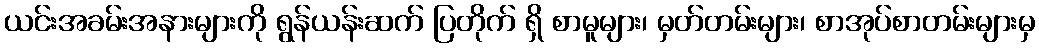
ယင်းအခမ်းအနားများကို ရွန်ယန်းဆက် ပြတိုက် ရှိ စာမူများ၊ မှတ်တမ်းများ၊ စာအုပ်စာတမ်းများမှ